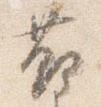
節